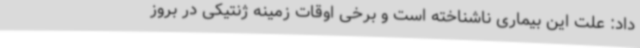
داد: علت این بیماری ناشناخته است و برخی اوقات زمینه ژنتیکی در بروز